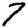
Digit: 7